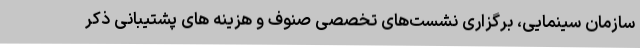
سازمان سینمایی، برگزاری نشست‌های تخصصی صنوف و هزینه های پشتیبانی ذکر